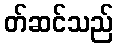
တ်ဆင်သည်